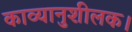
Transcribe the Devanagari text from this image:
काव्यानुशीलक।